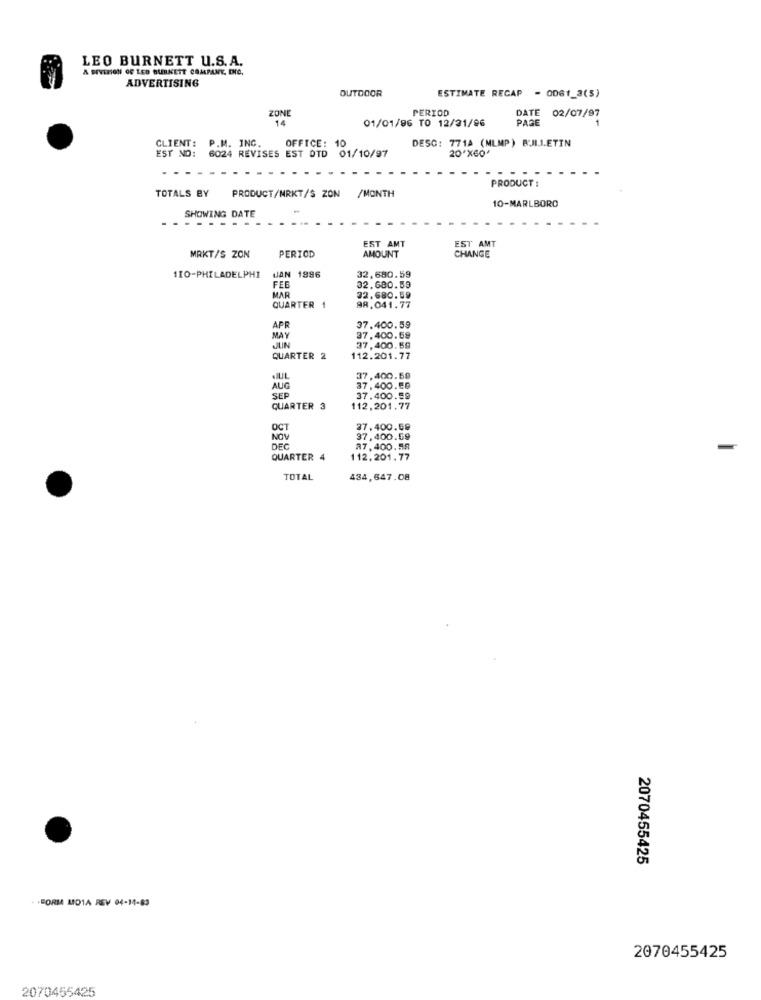
LEO BURNETT U.S. A.
A DIVERION OF LED BURKETT COMPANY, DO.
ADVERTISING
OUTDOOR
ESTIMATE RECAP - 0061_3(5)
PERIOD
ZONE
14
01/01/96 TO 12/21/96
DATE 02/07/97
PAGE
CLIENT: P.M. ING.
EST NO:
6024 REVISES EST OTD 01/10/97
OFFICE: 10
DESC: 771A (MLMP) BJI.L.ETIN
20'X60'
PRODUCT :
TOTALS BY
PRODUCT/MRKT/S ZON /MONTH
10-MARLBORO
SHOWING DATE
EST AMT
EST AMT
MRKT/S ZON
PERIOD
AMOUNT
CHANGE
JAN 1996
110-PHILADELPHI
32.680.59
MAR
FEB
32.680.59
22.680.59
QUARTER 1
98.041.77
APR
37.400.59
MAY
37,400.59
JUIN
37,400.59
QUARTER 2
112.201.77
JUL
37,400.59
AUG
37.400.50
SEP
37.400.59
QUARTER 3
112,201.77
OCT
37.400.59
NOV
37,400.59
DEC
27.400.59
QUARTER 4
112,201.77
TOTAL
434,647.08
2070455425
. . FORM MID1A REV 04-14-83
2070455425
2070455425